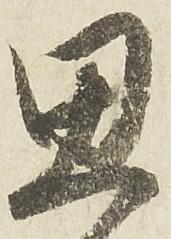
思